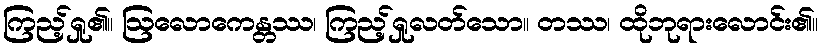
ကြည့်ရှု၏။ ဩလောကေန္တဿ၊ ကြည့်ရှုလတ်သော။ တဿ၊ ထိုဘုရားလောင်း၏။